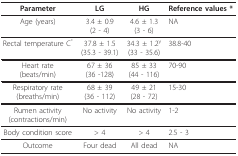
<table><thead><tr><td><b>Parameter</b></td><td><b>LG</b></td><td><b>HG</b></td><td><b>Reference values *</b></td></tr></thead><tbody><tr><td>Age (years)</td><td>3.4 ± 0.9(2 - 4)</td><td>4.6 ± 1.3(3 - 6)</td><td>NA</td></tr><tr><td>Rectal temperature C<sup>°</sup></td><td>37.8 ± 1.5(35.3 - 39.1)</td><td>34.3 ± 1.2<sup>y</sup>(33 - 35.6)</td><td>38.8-40</td></tr><tr><td>Heart rate(beats/min)</td><td>67 ± 36(36 -128)</td><td>85 ± 33(44 - 116)</td><td>70-90</td></tr><tr><td>Respiratory rate(breaths/min)</td><td>68 ± 39(36 - 112)</td><td>49 ± 21(28 - 72)</td><td>15-30</td></tr><tr><td>Rumen activity(contractions/min)</td><td>No activity</td><td>No activity</td><td>1-2</td></tr><tr><td>Body condition score</td><td>&gt; 4</td><td>&gt; 4</td><td>2.5 - 3</td></tr><tr><td>Outcome</td><td>Four dead</td><td>All dead</td><td>NA</td></tr></tbody></table>